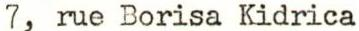
7, rue Borisa Kidrica